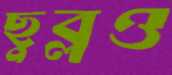
ছুব্‌লও